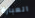
العبارة